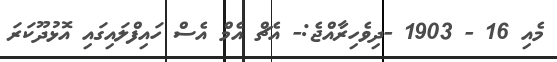
މެއި 16 - 1903 -ދިވެހިރާއްޖެ:- އެޗް އެމް އެސް ހައިފްލައިގައި އޮޅުދޫކަރަ